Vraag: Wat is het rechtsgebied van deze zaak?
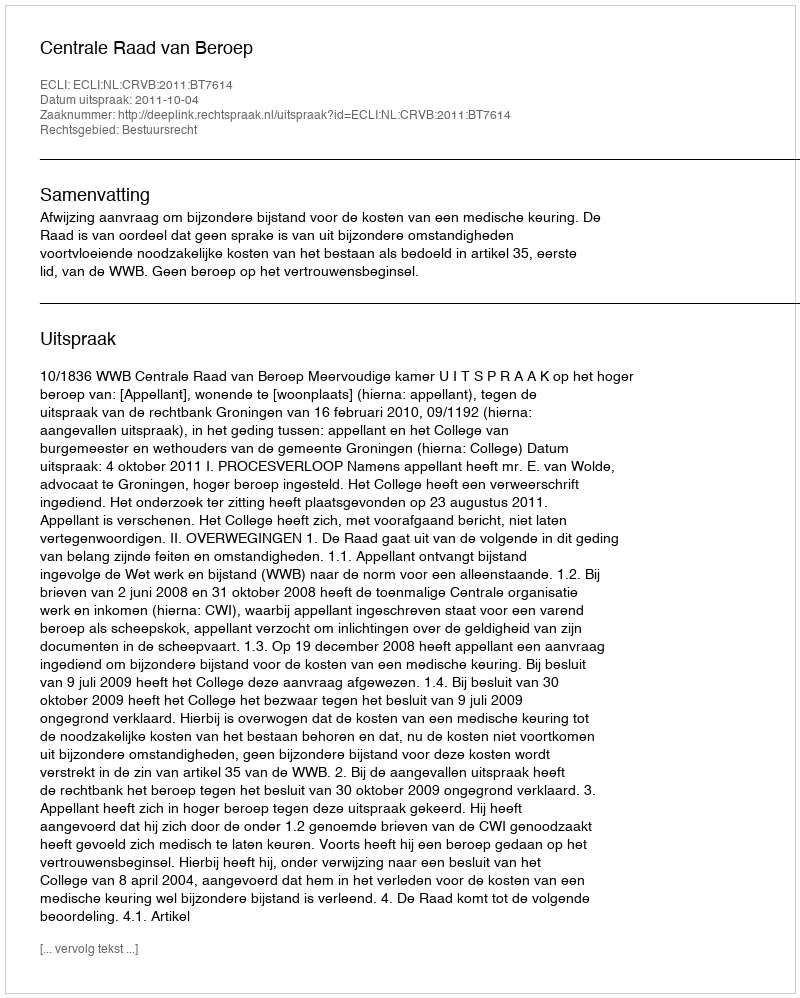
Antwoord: Bestuursrecht